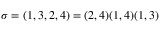
\sigma = ( 1 , 3 , 2 , 4 ) = ( 2 , 4 ) ( 1 , 4 ) ( 1 , 3 )